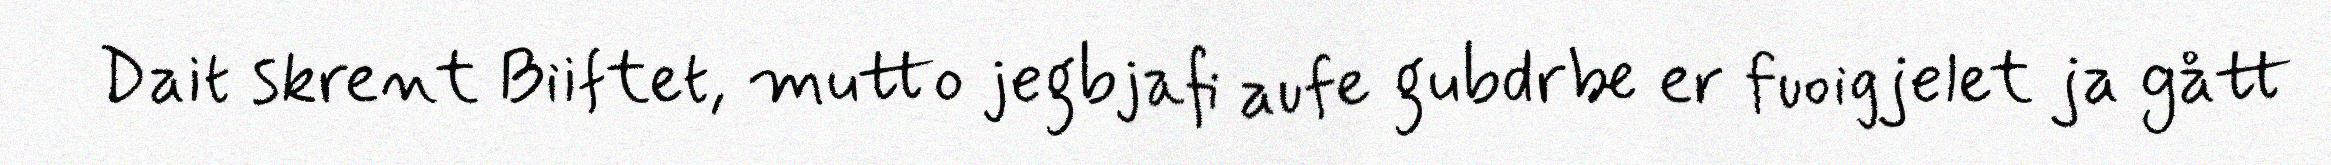
Dait skrent Biiftet, mutto jegbjafi aufe gubdrbe er fuoigjelet ja gått